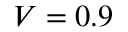
V = 0 . 9